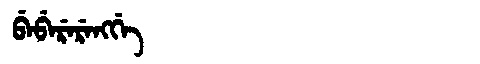
Manchu: ᠪᡝᠪᡝᡵᡝᡵᡝᠩᡤᡝ
Romanization: BEBERERENGGE